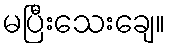
မပြီးသေးချေ။